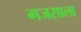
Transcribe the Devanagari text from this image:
गजसाला